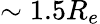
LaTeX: \sim 1.5R_{e}